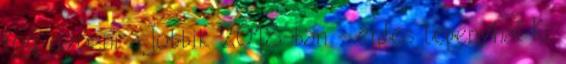
fog győzni a Jobbik 2018-ban - érdes lepényhal Ki